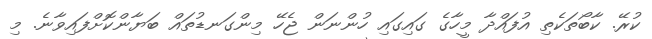
ކުރޭ. ކާބޯތަކެތި އުފައްދާ މީހާގެ ގައިގައި ހުންނަން ޖެހޭ މިންގަނޑުތައް ބަޔާންކޮށްފައިވާނެ. މި